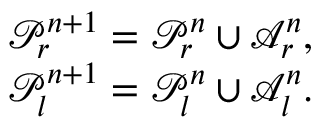
\begin{array} { r } { \mathcal { P } _ { r } ^ { n + 1 } = \mathcal { P } _ { r } ^ { n } \cup \mathcal { A } _ { r } ^ { n } , } \\ { \mathcal { P } _ { l } ^ { n + 1 } = \mathcal { P } _ { l } ^ { n } \cup \mathcal { A } _ { l } ^ { n } . } \end{array}